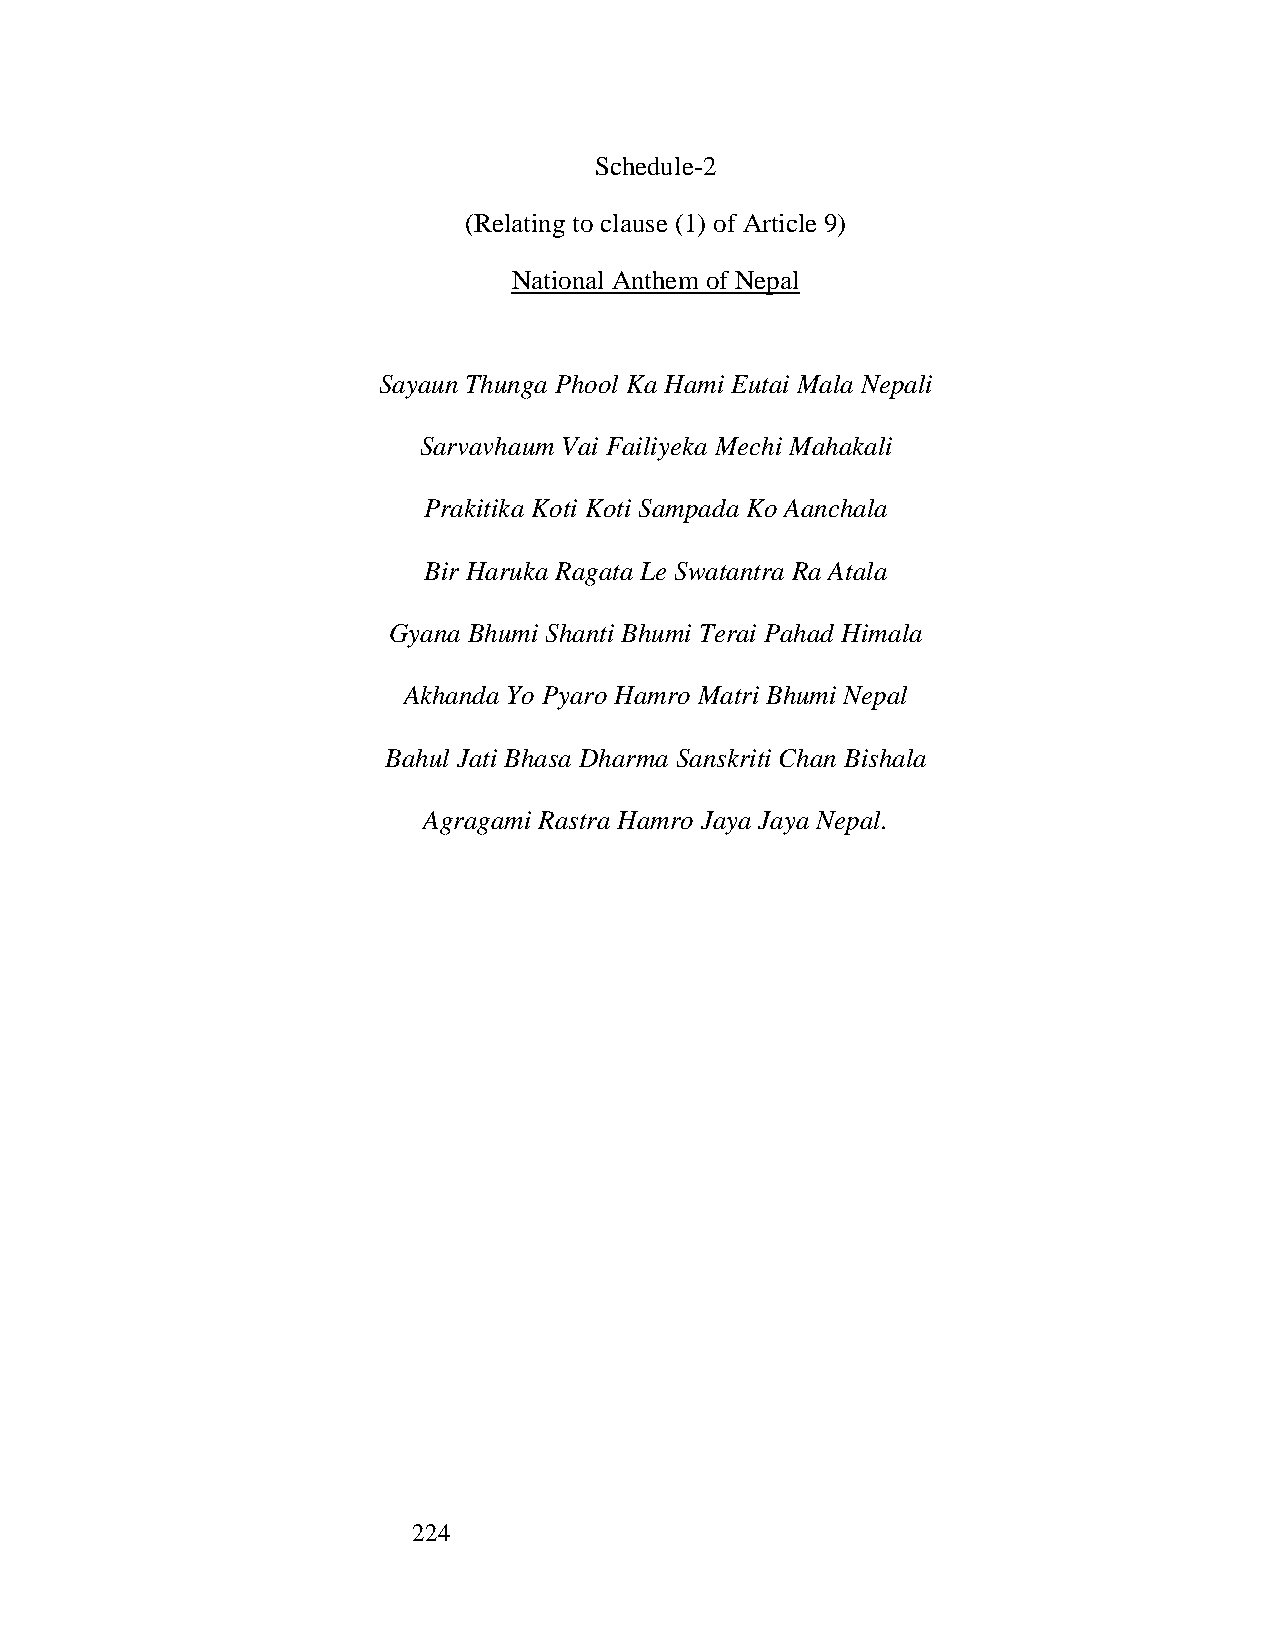
Schedule-2
 (Relating to clause (1) of Article 9)
 National Anthem of Nepal
 Sayaun Thunga Phool Ka Hami Eutai Mala Nepali
 Sarvavhaum Vai Failiyeka Mechi Mahakali
 Prakitika Koti Koti Sampada Ko Aanchala
 Bir Haruka Ragata Le Swatantra Ra Atala
 Gyana Bhumi Shanti Bhumi Terai Pahad Himala
 Akhanda Yo Pyaro Hamro Matri Bhumi Nepal
 Bahul Jati Bhasa Dharma Sanskriti Chan Bishala
 Agragami Rastra Hamro Jaya Jaya Nepal.
 224